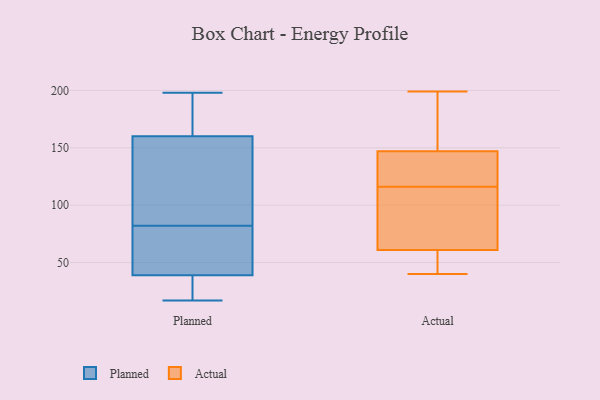
{"axis": {"x": "Website Visitors", "y": "Value"}, "legend": ["Actual", "Planned"], "data": [{"x": "", "y": 149, "type": "Planned"}, {"x": "", "y": 172, "type": "Planned"}, {"x": "", "y": 37, "type": "Planned"}, {"x": "", "y": 46, "type": "Planned"}, {"x": "", "y": 39, "type": "Planned"}, {"x": "", "y": 192, "type": "Planned"}, {"x": "", "y": 124, "type": "Planned"}, {"x": "", "y": 198, "type": "Planned"}, {"x": "", "y": 17, "type": "Planned"}, {"x": "", "y": 28, "type": "Planned"}, {"x": "", "y": 73, "type": "Planned"}, {"x": "", "y": 91, "type": "Planned"}, {"x": "", "y": 160, "type": "Planned"}, {"x": "", "y": 51, "type": "Planned"}, {"x": "", "y": 141, "type": "Planned"}, {"x": "", "y": 32, "type": "Planned"}, {"x": "", "y": 57, "type": "Planned"}, {"x": "", "y": 189, "type": "Planned"}, {"x": "", "y": 178, "type": "Actual"}, {"x": "", "y": 147, "type": "Actual"}, {"x": "", "y": 140, "type": "Actual"}, {"x": "", "y": 122, "type": "Actual"}, {"x": "", "y": 45, "type": "Actual"}, {"x": "", "y": 110, "type": "Actual"}, {"x": "", "y": 42, "type": "Actual"}, {"x": "", "y": 199, "type": "Actual"}, {"x": "", "y": 93, "type": "Actual"}, {"x": "", "y": 130, "type": "Actual"}, {"x": "", "y": 40, "type": "Actual"}, {"x": "", "y": 79, "type": "Actual"}, {"x": "", "y": 191, "type": "Actual"}, {"x": "", "y": 61, "type": "Actual"}]}